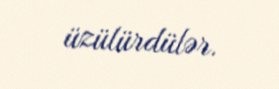
üzülürdülər.